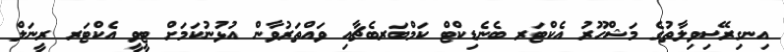
އިނގިރޭސިވިލާތުގެ މަޝްހޫރު އެކްޓަރ ބެނެޑިކްޓް ކަމްބަރބެޗާއި ވައްތަރުވާން އުޅުނުކަމަށް ޓީވީ އެކްޓަރ ރީނަލް